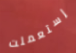
إستعملت